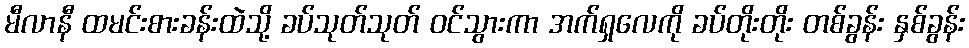
မီလာနီ ထမင်းစားခန်းထဲသို့ ခပ်သုတ်သုတ် ဝင်သွားကာ အက်ရှလေကို ခပ်တိုးတိုး တစ်ခွန်း နှစ်ခွန်း